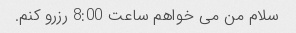
سلام من می خواهم ساعت 8:00 رزرو کنم.